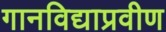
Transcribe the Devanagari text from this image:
गानविद्याप्रवीण